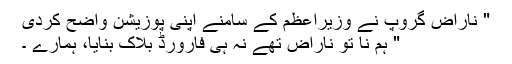
" ناراض گروپ نے وزیراعظم کے سامنے اپنی پوزیشن واضح کردی
" ہم نا تو ناراض تھے نہ ہی فارورڈ بلاک بنایا، ہمارے ۔